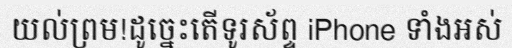
យល់ព្រម!ដូច្នេះតើទូរស័ព្ទ iPhone ទាំងអស់